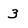
Character: 3